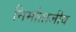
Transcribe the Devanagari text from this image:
निर्माताजीव